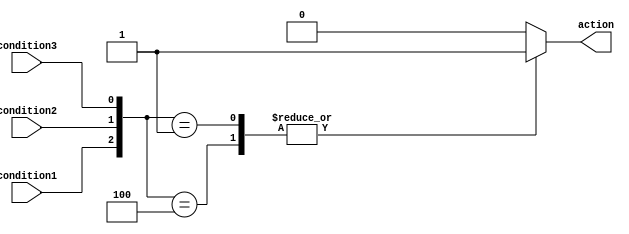
module priority_case_statement (
    input wire condition1,
    input wire condition2,
    input wire condition3,
    output reg action
);

always @(*)
begin
    casez({condition1, condition2, condition3})
        3'b100: action = 1; // Condition 1 takes precedence
        3'b010: action = 2; // Condition 2 takes precedence
        3'b001: action = 3; // Condition 3 takes precedence
        default: action = 0; // Default action
    endcase
end

endmodule